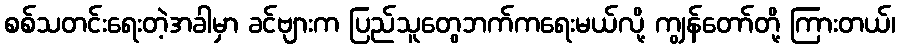
စစ်သတင်းရေးတဲ့အခါမှာ ခင်ဗျားက ပြည်သူတွေဘက်ကရေးမယ်လို့ ကျွန်တော်တို့ ကြားတယ်၊